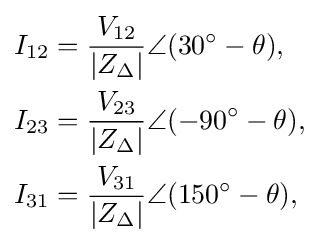
{\begin{aligned}I_{12}&={\frac {V_{12}}{|Z_{\Delta }|}}\angle (30^{\circ }-\theta ),\\I_{23}&={\frac {V_{23}}{|Z_{\Delta }|}}\angle (-90^{\circ }-\theta ),\\I_{31}&={\frac {V_{31}}{|Z_{\Delta }|}}\angle (150^{\circ }-\theta ),\end{aligned}}